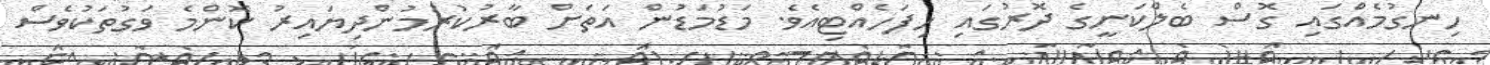
ހިނގުމެއްގައި ގޮސް ބެލްކަނީގެ ދޮރުގައި ހިފަހެއްޓިއެވެ. މަޑުމަޑުން އަތަށް ބާރުކުރަމުންދިޔައިރު ކޮންމެ ވަގުތަކުވެސް